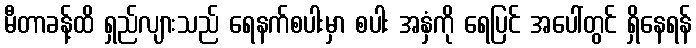
မီတာခန့်ထိ ရှည်လျားသည် ရေနက်စပါးမှာ စပါး အနှံကို ရေပြင် အပေါ်တွင် ရှိနေရန်